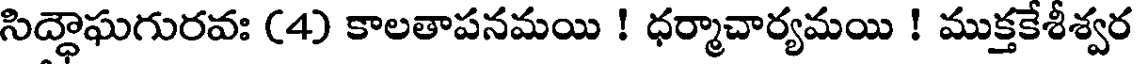
సిద్ధాఘగురవః (4) కాలతాపనమయి ! ధర్మాచార్యమయి ! ముక్తకేశీశ్వర